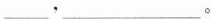
___，___。